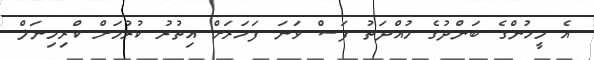
އެ މީހުންގެ ބަންދުގެ މުއްދަތު ފަސް ވަނަ ފަހަރަށް އިތުރު ކުރުމަށް ކްރިމިނަލް